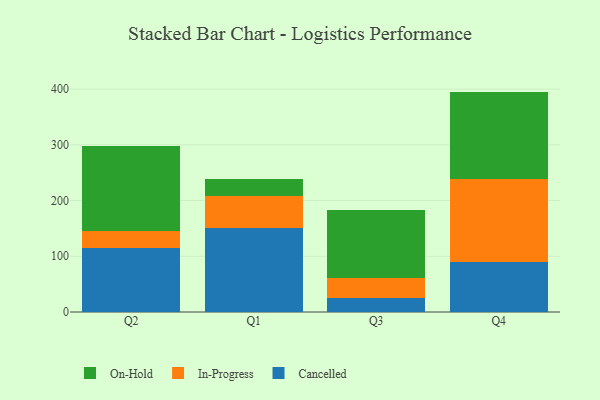
{"axis": {"x": "Quarter", "y": "Headcount"}, "legend": ["Cancelled", "In-Progress", "On-Hold"], "data": [{"x": "Q2", "y": 115.1, "type": "Cancelled"}, {"x": "Q2", "y": 30.0, "type": "In-Progress"}, {"x": "Q2", "y": 153.3, "type": "On-Hold"}, {"x": "Q1", "y": 150.0, "type": "Cancelled"}, {"x": "Q1", "y": 58.8, "type": "In-Progress"}, {"x": "Q1", "y": 29.6, "type": "On-Hold"}, {"x": "Q3", "y": 25.5, "type": "Cancelled"}, {"x": "Q3", "y": 34.7, "type": "In-Progress"}, {"x": "Q3", "y": 123.3, "type": "On-Hold"}, {"x": "Q4", "y": 89.8, "type": "Cancelled"}, {"x": "Q4", "y": 148.1, "type": "In-Progress"}, {"x": "Q4", "y": 157.6, "type": "On-Hold"}]}